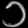
Digit: ၁